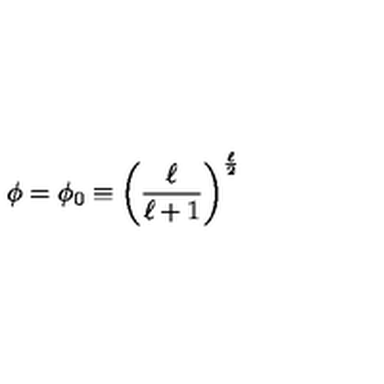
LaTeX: \phi = \phi _ { 0 } \equiv \left( \frac { \ell } { \ell + 1 } \right) ^ { \frac { \ell } { 2 } }